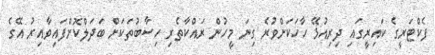
ފެކްޓަރީގެ ކައިރީގައި ދިރިއުޅޭ ހާހަކަށްވުރެ ގިނަ މީހުން ރައްކާތެރި ހިސާބުތަކަށް ބަދަލްކޮށްފައިވާއިރު އޭގެ